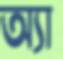
অ্যা